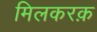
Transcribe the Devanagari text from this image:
मिलकरक़